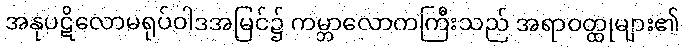
အနုပဋိလောမရုပ်ဝါဒအမြင်၌ ကမ္ဘာလောကကြီးသည် အရာဝတ္ထုများ၏